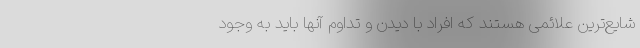
شایع‌ترین علائمی هستند که افراد با دیدن و تداوم آنها باید به وجود